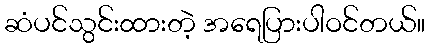
ဆံပင်သွင်းထားတဲ့ အရေပြားပါဝင်တယ်။